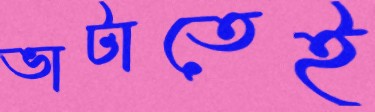
ভাটাতেই